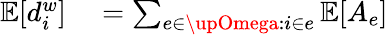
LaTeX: \begin{array}{rl}{\mathbb{E}[d_{i}^{w}]}&{{}=\sum_{e\in\upOmega:i\in e}\mathbb{E}[A_{e}]}\end{array}